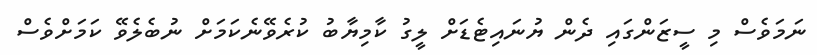
ނަމަވެސް މި ސީޒަންގައި ދެން ޔުނައިޓެޑަށް ލީގު ކާމިޔާބު ކުރެވޭނެކަމަށް ނުބެލެވޭ ކަމަށްވެސް